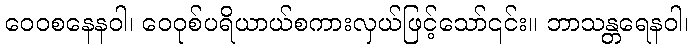
ဝေဝစနေနဝါ၊ ဝေဝုစ်ပရိယာယ်စကားလှယ်ဖြင့်သော်၎င်း။ ဘာသန္တရေနဝါ၊